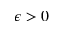
\epsilon > 0